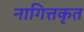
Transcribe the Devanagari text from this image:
नागित्तकृत